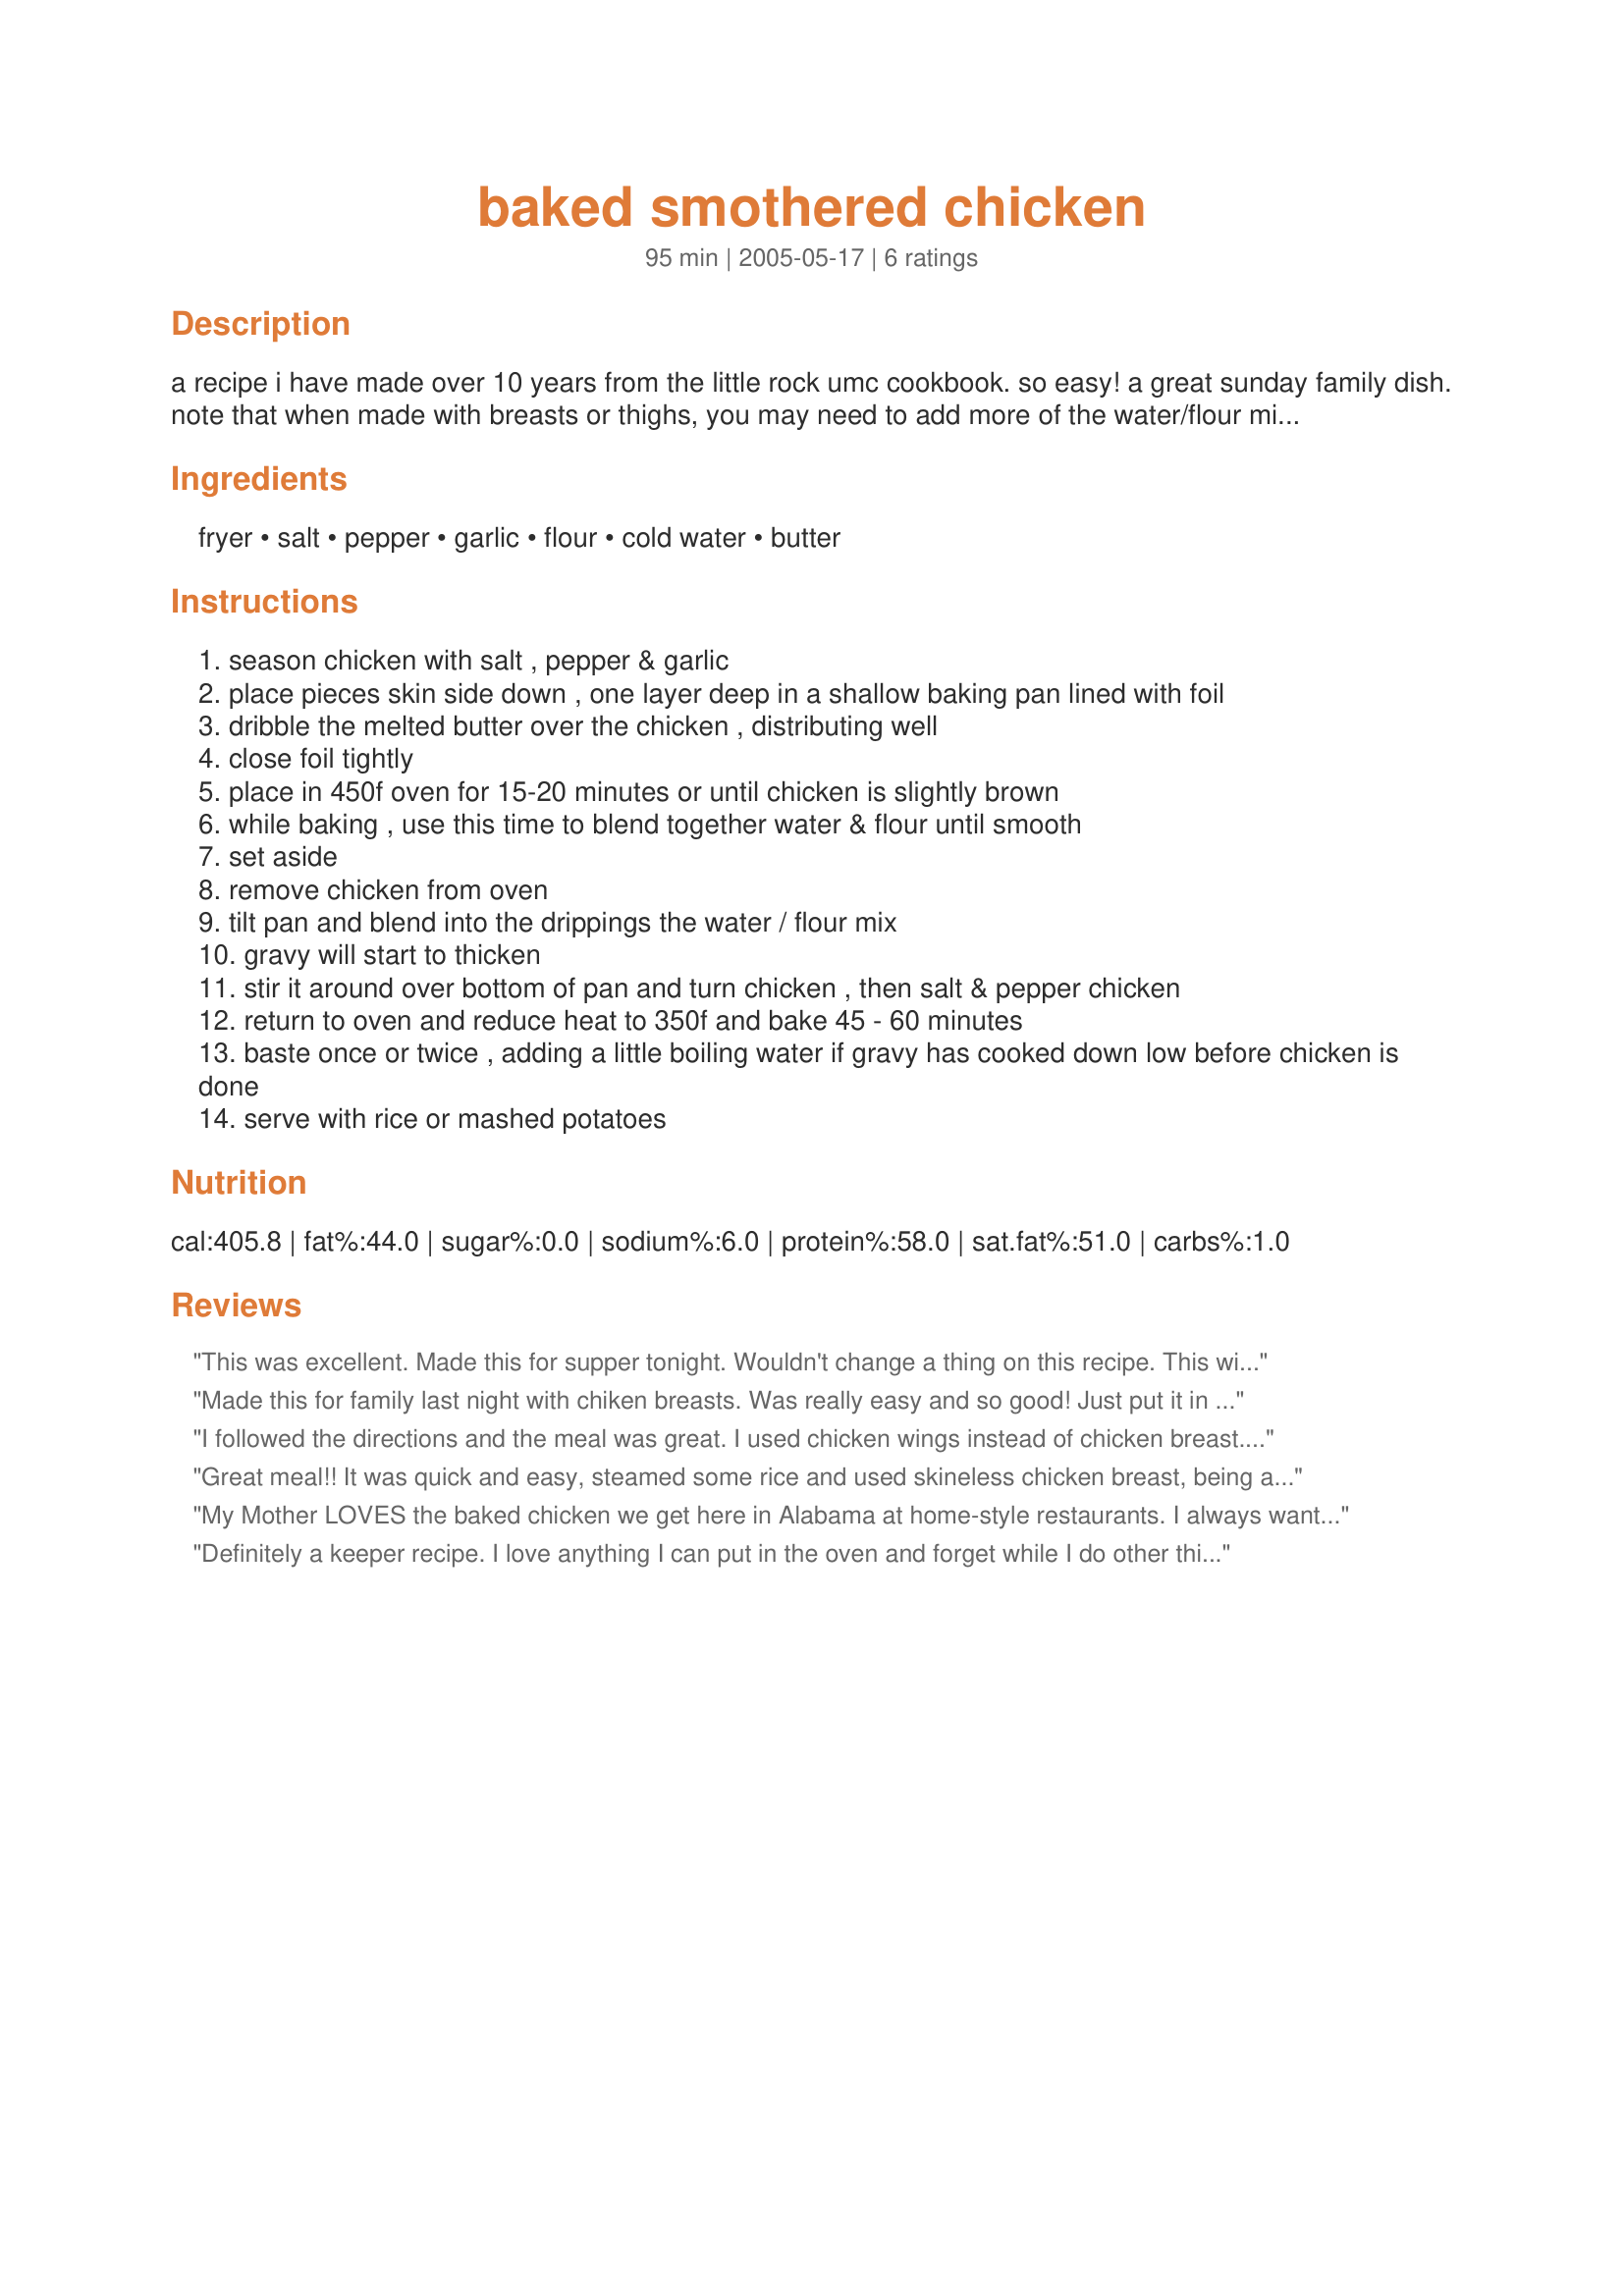
baked smothered chicken
Preparation time: 95 minutes

a recipe i have made over 10 years from the little rock umc cookbook. so easy! a great sunday family dish. note that when made with breasts or thighs, you may need to add more of the water/flour mix for the gravy.

Ingredients:
fryer, salt, pepper, garlic, flour, cold water, butter

Steps:
season chicken with salt , pepper & garlic
place pieces skin side down , one layer deep in a shallow baking pan lined with foil
dribble the melted butter over the chicken , distributing well
close foil tightly
place in 450f oven for 15-20 minutes or until chicken is slightly brown
while baking , use this time to blend together water & flour until smooth
set aside
remove chicken from oven
tilt pan and blend into the drippings the water / flour mix
gravy will start to thicken
stir it around over bottom of pan and turn chicken , then salt & pepper chicken
return to oven and reduce heat to 350f and bake 45 - 60 minutes
baste once or twice , adding a little boiling water if gravy has cooked down low before chicken is done
serve with rice or mashed potatoes

Reviews:
 This was excellent. Made this for supper tonight. Wouldn't change a thing on this recipe. This will be made over and over again.
Made this for family last night with chiken breasts. Was really easy and so good! Just put it in and forgot about it for an hour and had a comfort-food dinner we all really liked.
I followed the directions and the meal was great. I used chicken wings instead of chicken breast. The complete meal consisted of smothered chicken, buttery mashed potatoes, corn, and honey butter biscuits. I was great couldn't have used a better recipe if there ever was one.
Great meal!! It was quick and easy, steamed some rice and used skineless chicken breast, being a single guy and all it made the house smell good and impress a certain young lady, thanks!!
My Mother LOVES the baked chicken we get here in Alabama at home-style restaurants. I always wanted to duplicate the recipe for her at home, but didn&#039;t know how.....&#039;til now. MAN, this turned out good. I followed the recipe to the letter and it was EXACTLY like the southern-style baked chicken we get here in the deep south. SUPER easy, SUPER moist, and SUPER delicious :)
Definitely a keeper recipe. I love anything I can put in the oven and forget while I do other things. Tastes wonderful.
Thank you!
Margie
